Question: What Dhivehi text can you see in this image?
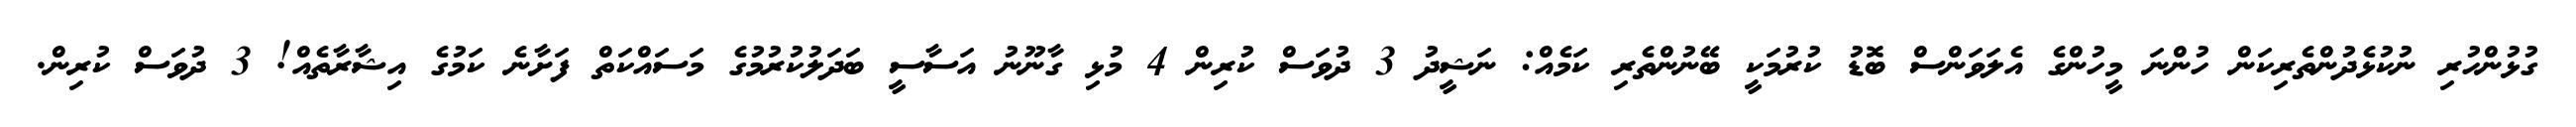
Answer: ގުޅުންހުރި ނުކުޅެދުންތެރިކަން ހުންނަ މީހުންގެ އެލަވަންސް ބޮޑު ކުރުމަކީ ބޭނުންތެރި ކަމެއް: ނަޝީދު 3 ދުވަސް ކުރިން 4 މުޅި ގާނޫނު އަސާސީ ބަދަލުކުރުމުގެ މަސައްކަތް ފަށާނެ ކަމުގެ އިޝާރާތެއް! 3 ދުވަސް ކުރިން.